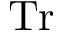
\mathrm { T r }